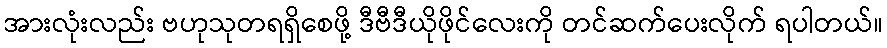
အားလုံးလည်း ဗဟုသုတရရှိစေဖို့ ဒီဗီဒီယိုဖိုင်လေးကို တင်ဆက်ပေးလိုက် ရပါတယ်။